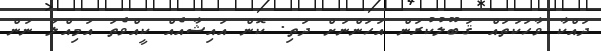
ދައްކާ ވާހަކަތައް ޤަބޫލުކުރަން އަހަންނަށް ދަތި. ކޮން އައިޝާއެއް ކީއްވެތަ އަމިއްލަ ނަން